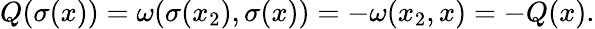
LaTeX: Q(\sigma(x))=\omega(\sigma(x_{2}),\sigma(x))=-\omega(x_{2},x)=-Q(x).